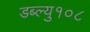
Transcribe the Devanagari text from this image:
डब्ल्यु१०८